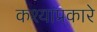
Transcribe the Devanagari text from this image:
कश्याप्रकारे